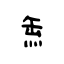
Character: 缹